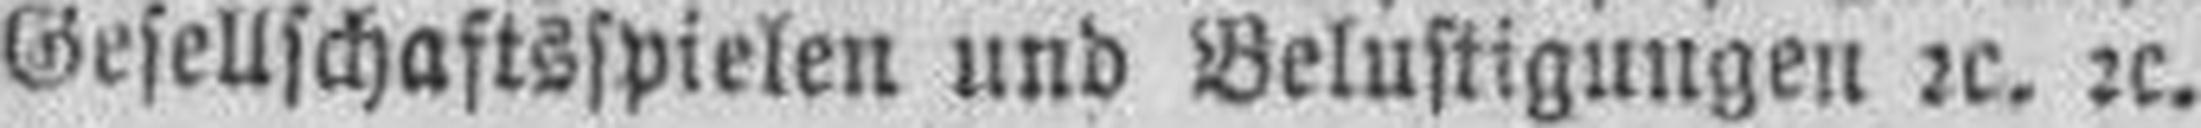
Gesellschaftsspielen und Belustigungen 2c. 2c.